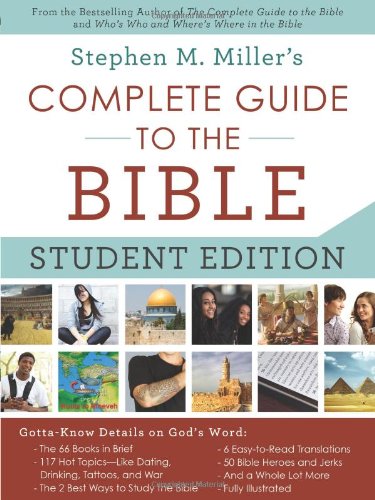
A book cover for The Complete Guide to the Bible--Student Edition: Gotta-Know Details on God's Word; Stephen M. Miller; Christian Books & Bibles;